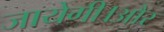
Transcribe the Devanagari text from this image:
जायेगी।और